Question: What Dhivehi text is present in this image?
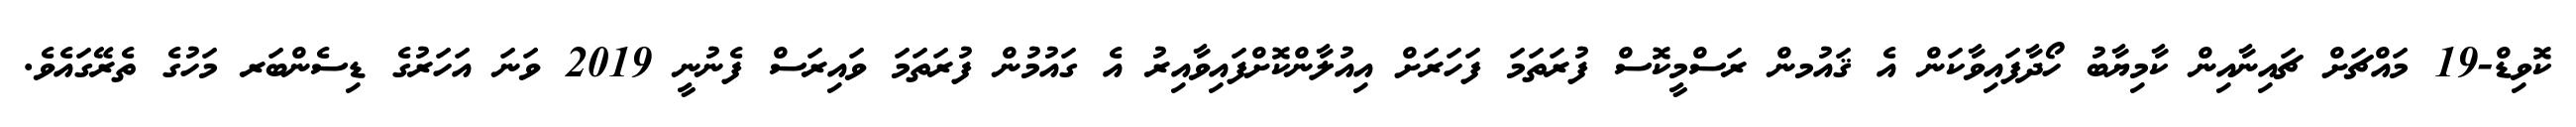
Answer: ކޮވިޑް-19 މައްޗަށް ޗައިނާއިން ކާމިޔާބު ހޯދާފައިވާކަން އެ ޤައުމން ރަސްމީކޮސް ފުރަތަމަ ފަހަރަށް އިއުލާންކޮށްފައިވާއިރު އެ ގައުމުން ފުރަތަމަ ވައިރަސް ފެނުނީ 2019 ވަނަ އަހަރުގެ ޑިސެންބަރ މަހުގެ ތެރޭގައެވެ.